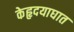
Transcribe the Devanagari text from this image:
केहृदयाघात